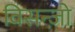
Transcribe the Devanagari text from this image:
विसन्ज़ो